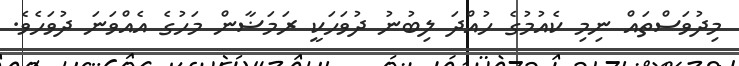
މިދުވަސްތައް ނިމި ކެއުމުގެ ހުއްދަ ލިބުނު ދުވަހަކީ ރަމަޟާން މަހުގެ އެއްވަނަ ދުވަހެވެ.